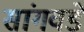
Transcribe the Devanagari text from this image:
सांगवडे